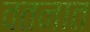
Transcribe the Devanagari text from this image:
वतनात